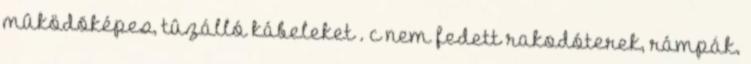
mûködõképes, tûzálló kábeleket . c nem fedett rakodóterek, rámpák.